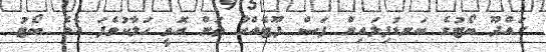
ގައްދޫ ބޯޓުގެ ބަނޑުފިލައިން ފަސް ފޫޓެއްހާ ތަން އޮތީ ހަލާކުވެފަ އެވެ. ބޯޓު